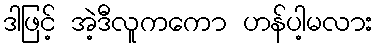
ဒါဖြင့် အဲ့ဒီလူကကော ဟန်ပါ့မလား